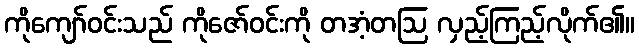
ကိုကျော်ဝင်းသည် ကိုဇော်ဝင်းကို တအံ့တဩ လှည့်ကြည့်လိုက်၏။